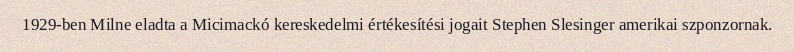
1929-ben Milne eladta a Micimackó kereskedelmi értékesítési jogait Stephen Slesinger amerikai szponzornak.